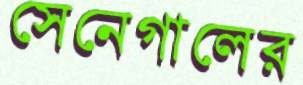
সেনেগালের